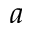
a